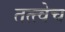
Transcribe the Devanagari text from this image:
तत्त्वेच